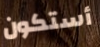
أستكون